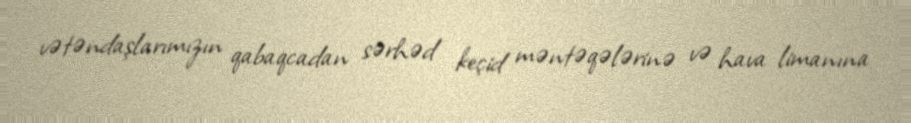
vətəndaşlarımızın qabaqcadan sərhəd keçid məntəqələrinə və hava limanına